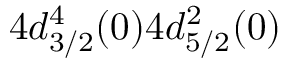
4 d _ { 3 / 2 } ^ { 4 } ( 0 ) 4 d _ { 5 / 2 } ^ { 2 } ( 0 )